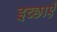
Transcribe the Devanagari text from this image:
इच्छाऐं